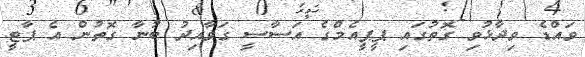
ވައްޑެ ވިދާޅުވި ގޮތުގައި ޕީޕީއެމްގެ އަސާސީ ގަވާއިދު ބުނާ ގޮތުން އެ ޕާޓީ